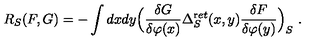
R _ { S } ( F , G ) = - \int d x d y \Bigl ( \frac { \delta G } { \delta \varphi ( x ) } \Delta _ { S } ^ { \mathrm r e t } ( x , y ) \frac { \delta F } { \delta \varphi ( y ) } \Bigr ) _ { S } \ .